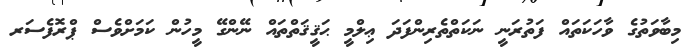
މިބާވަތުގެ ވާހަކަތައް ފަތުރަނީ ނަކަތްތެރިންފަދަ ޢިލްމީ ޙަޤީޤަތްތައް ނޭންގޭ މީހުން ކަމަށްވެސް ޕްރޮފެސަރ